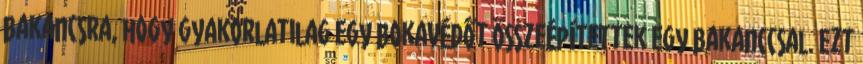
bakancsra, hogy gyakorlatilag egy bokavédőt összeépítettek egy bakanccsal. Ezt